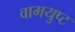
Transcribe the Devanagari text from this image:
वामयुप्ट